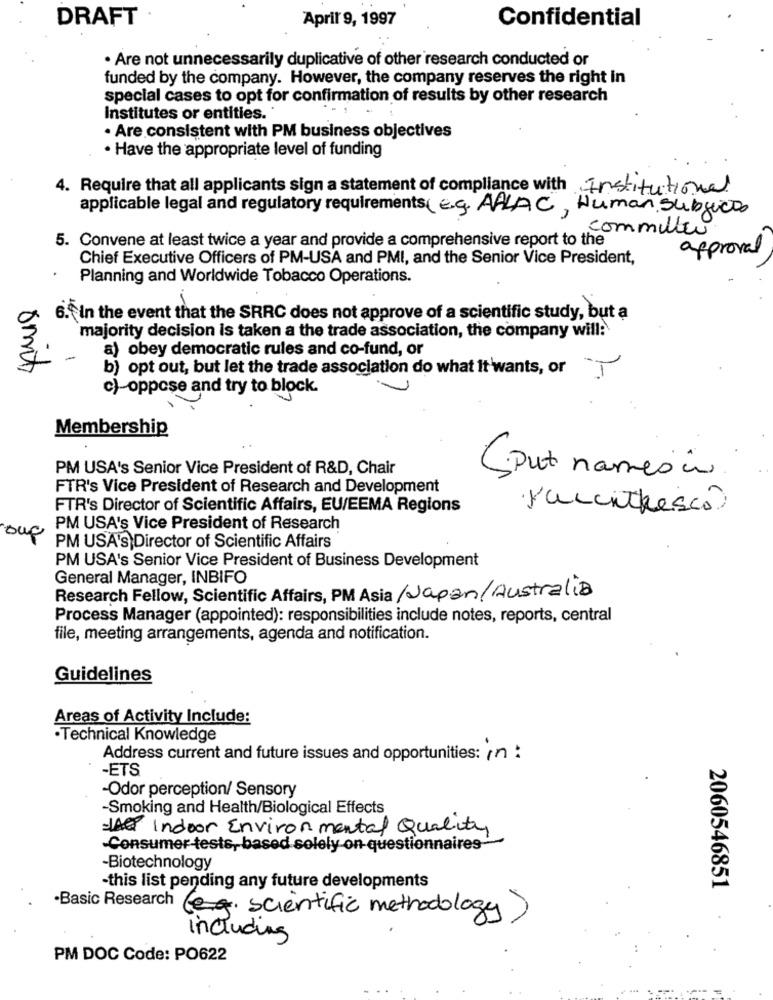
DRAFT
April' 9, 1997
Confidential
· Are not unnecessarily duplicative of other research conducted or
funded by the company. However, the company reserves the right in
special cases to opt for confirmation of results by other research
Institutes or entities.
· Are consistent with PM business objectives
· Have the appropriate level of funding
4. Require that all applicants sign a statement of compliance with Institutional
applicable legal and regulatory requirements ( e.g. AALAC, Human Subjects
commuter
5. Convene at least twice a year and provide a comprehensive report to the
approval
Chief Executive Officers of PM-USA and PMI, and the Senior Vice President,
Planning and Worldwide Tobacco Operations.
6. In the event that the SRRC does not approve of a scientific study, but a
majority decision is taken a the trade association, the company will:
a) obey democratic rules and co-fund, or
b) opt out, but let the trade association do what it wants, or "
c)-oppose and try to block.
Membership
PM USA's Senior Vice President of R&D, Chair
(put names in
FTR's Vice President of Research and Development
FTR's Director of Scientific Affairs, EU/EEMA Regions
·Vulcithesco
PM USA's Vice President of Research
ouf
PM USA'S Director of Scientific Affairs
PM USA's Senior Vice President of Business Development
General Manager, INBIFO
Research Fellow, Scientific Affairs, PM Asia /Japan/Australia
Process Manager (appointed): responsibilities include notes, reports, central
file, meeting arrangements, agenda and notification.
Guidelines
Areas of Activity Include:
·Technical Knowledge
Address current and future issues and opportunities: in :
-ETS
-Odor perception/ Sensory
-Smoking and Health/Biological Effects
Indoor Environmental Quality
-Consumer tests, based solely on questionnaires*
-Biotechnology
-this list pending any future developments
2060546851
·Basic Research (e.g. scientific methodology )
including
PM DOC Code: PO622